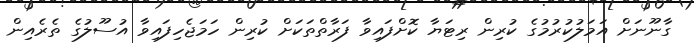
ގާނޫނަށް އަމަލުކުރުމުގެ ކުރިން ރިޓަޔާ ކޮށްފައިވާ ފަރާތްތަކަށް ކުރިން ހަމަޖެހިފައިވާ އުސޫލުގެ ތެރެއިން